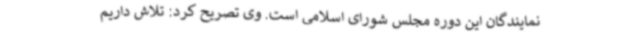
نمایندگان این دوره مجلس شورای اسلامی است. وی تصریح کرد: تلاش داریم